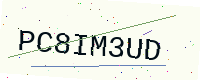
Text: PC8IM3UD